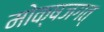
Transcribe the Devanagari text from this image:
मोक्षजगत्